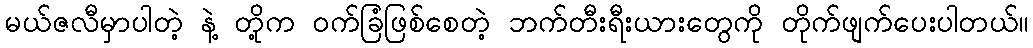
မယ်ဇလီမှာပါတဲ့ နဲ့ တို့က ဝက်ခြံဖြစ်စေတဲ့ ဘက်တီးရီးယားတွေကို တိုက်ဖျက်ပေးပါတယ်။